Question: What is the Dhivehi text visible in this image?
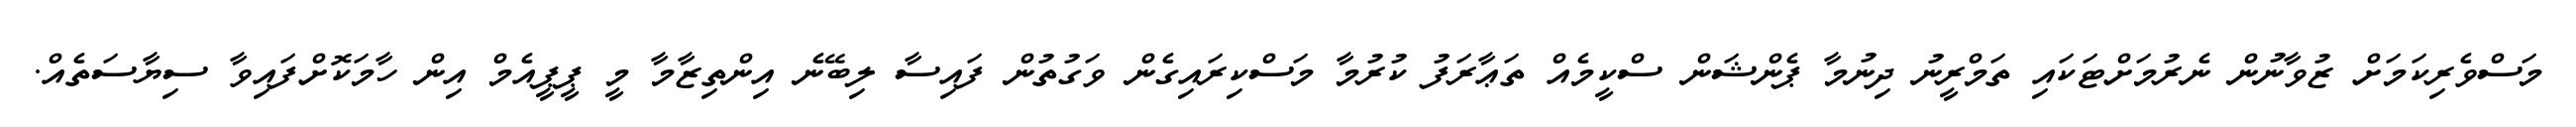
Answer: މަސްވެރިކަމަށް ޒުވާނުން ނެރުމަށްޓަކައި ތަމްރީނު ދިނުމާ ޕެންޝަން ސްކީމެއް ތަޢާރަފު ކުރުމާ މަސްކިރައިގެން ވަގުތުން ފައިސާ ލިބޭނެ އިންތިޒާމާ މީ ޕީޕީއެމް އިން ހާމަކޮށްފައިވާ ސިޔާސަތެއް.